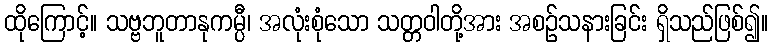
ထိုကြောင့်။ သဗ္ဗဘူတာနုကမ္ပီ၊ အလုံးစုံသော သတ္တဝါတို့အား အစဉ်သနားခြင်း ရှိသည်ဖြစ်၍။